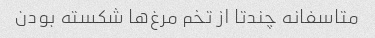
متاسفانه چندتا از تخم مرغ‌ها شکسته بودن